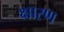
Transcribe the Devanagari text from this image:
क्षारण